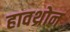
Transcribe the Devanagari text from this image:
हावथ्रोन